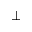
\bot